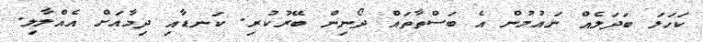
ކަހަލަ ބަދަލެއް ނައުމުން އެ ބަސްތާތައް ދޯނިން ބޭރުކުރި. ކަނޑާއި ދިމާއަށް އެއްލާލި.